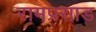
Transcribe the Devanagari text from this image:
रामप्रसाड